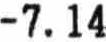
-7.14